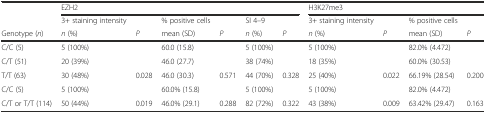
<table><thead><tr><td></td><td colspan="6"><b>EZH2</b></td><td colspan="4"><b>H3K27me3</b></td></tr><tr><td></td><td><b>3+ staining intensity</b></td><td></td><td><b>% positive cells</b></td><td></td><td><b>SI 4–9</b></td><td></td><td><b>3+ staining intensity</b></td><td></td><td><b>% positive cells</b></td><td></td></tr><tr><td><b>Genotype (<i>n</i>)</b></td><td><b><i>n</i> (%)</b></td><td><b><i>P</i></b></td><td><b>mean (SD)</b></td><td><b><i>P</i></b></td><td><b><i>n</i> (%)</b></td><td><b><i>P</i></b></td><td><b><i>n</i> (%)</b></td><td><b><i>P</i></b></td><td><b>mean (SD)</b></td><td><b><i>P</i></b></td></tr></thead><tbody><tr><td>C/C (5)</td><td>5 (100%)</td><td></td><td>60.0 (15.8)</td><td></td><td>5 (100%)</td><td></td><td>5 (100%)</td><td></td><td>82.0% (4.472)</td><td></td></tr><tr><td>C/T (51)</td><td>20 (39%)</td><td></td><td>46.0 (27.7)</td><td></td><td>38 (74%)</td><td></td><td>18 (35%)</td><td></td><td>60.0% (30.53)</td><td></td></tr><tr><td>T/T (63)</td><td>30 (48%)</td><td>0.028</td><td>46.0 (30.3)</td><td>0.571</td><td>44 (70%)</td><td>0.328</td><td>25 (40%)</td><td>0.022</td><td>66.19% (28.54)</td><td>0.200</td></tr><tr><td>C/C (5)</td><td>5 (100%)</td><td></td><td>60.0% (15.8)</td><td></td><td>5 (100%)</td><td></td><td>5 (100%)</td><td></td><td>82.0% (4.472)</td><td></td></tr><tr><td>C/T or T/T (114)</td><td>50 (44%)</td><td>0.019</td><td>46.0% (29.1)</td><td>0.288</td><td>82 (72%)</td><td>0.322</td><td>43 (38%)</td><td>0.009</td><td>63.42% (29.47)</td><td>0.163</td></tr></tbody></table>